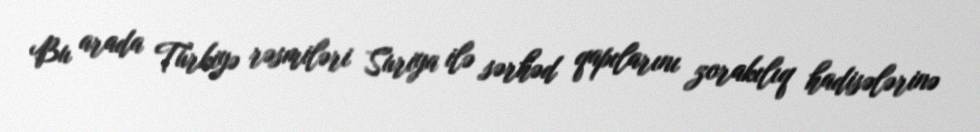
Bu arada Türkiyə rəsmiləri Suriya ilə sərhəd qapılarını zorakılıq hadisələrinə